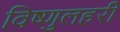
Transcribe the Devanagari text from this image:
विष्णुलहरी